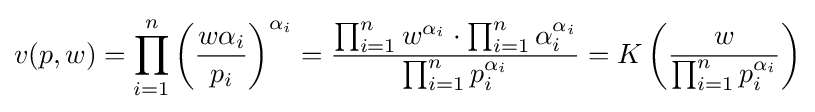
v(p,w)=\prod _{i=1}^{n}\left({\frac {w\alpha _{i}}{p_{i}}}\right)^{\alpha _{i}}={\frac {\prod _{i=1}^{n}w^{\alpha _{i}}\cdot \prod _{i=1}^{n}\alpha _{i}^{\alpha _{i}}}{\prod _{i=1}^{n}p_{i}^{\alpha _{i}}}}=K\left({\frac {w}{\prod _{i=1}^{n}p_{i}^{\alpha _{i}}}}\right)